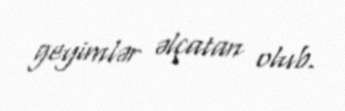
geyimlər əlçatan olub.